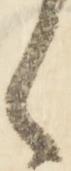
々